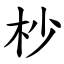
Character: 杪